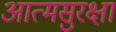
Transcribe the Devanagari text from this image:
आत्मसुरक्षा